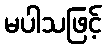
မပါသဖြင့်